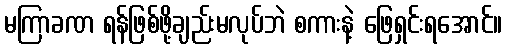
မကြာခဏ ရန်ဖြစ်ဖို့ချည်းမလုပ်ဘဲ စကားနဲ့ ဖြေရှင်းရအောင်။